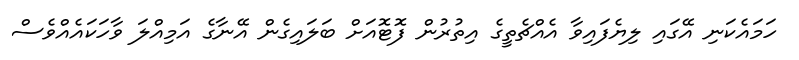
ހަމައެކަނި އޭގައި ލިޔެފައިވާ އެއްޗެތީގެ އިތުރުން ފޮޓޮއަށް ބަލައިގެން އޭނާގެ އަމިއްލަ ވާހަކައެއްވެސް